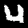
Digit: 4